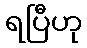
ရပြီဟု